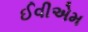
ઈવીએમ